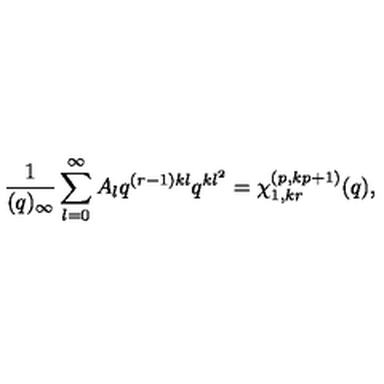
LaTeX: \frac { 1 } { ( q ) _ { \infty } } \sum _ { l = 0 } ^ { \infty } A _ { l } q ^ { ( r - 1 ) k l } q ^ { k l ^ { 2 } } = \chi _ { 1 , k r } ^ { ( p , k p + 1 ) } ( q ) ,